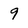
Character: 9